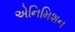
એનિમિશન